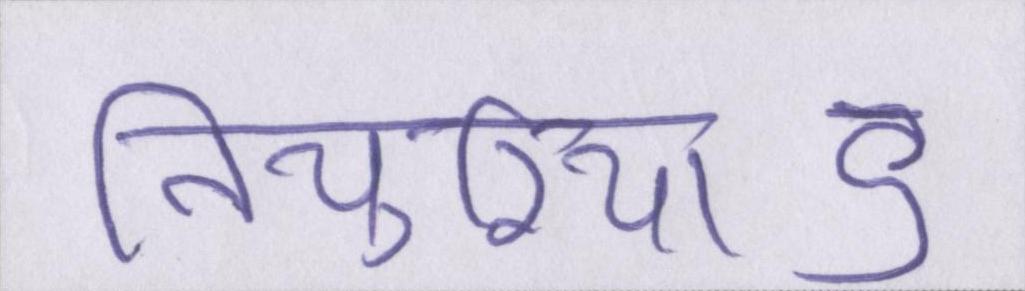
तियुरियाऽ